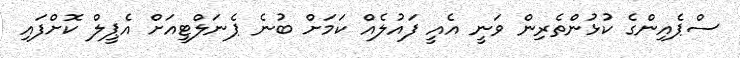
ސްޕެއިންގެ ކުޅުންތެރިން ވަނީ އެއީ ފައުލެއް ކަމަށް ބުނެ ޕެނަލްޓީއަށް އެޕީލް ކޮށްފައި